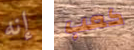
إنه كعب